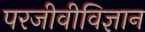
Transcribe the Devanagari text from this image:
परजीवीविज्ञान